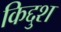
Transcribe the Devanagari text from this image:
किद्दुश